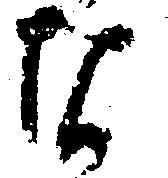
な